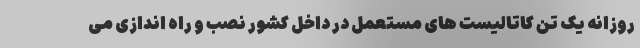
روزانه یک تن کاتالیست های مستعمل در داخل کشور نصب و راه اندازی می